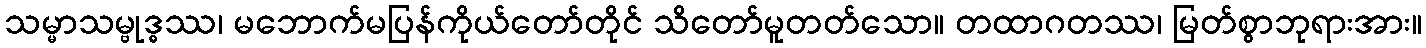
သမ္မာသမ္ဗုဒ္ဓဿ၊ မဘောက်မပြန်ကိုယ်တော်တိုင် သိတော်မူတတ်သော။ တထာဂတဿ၊ မြတ်စွာဘုရားအား။